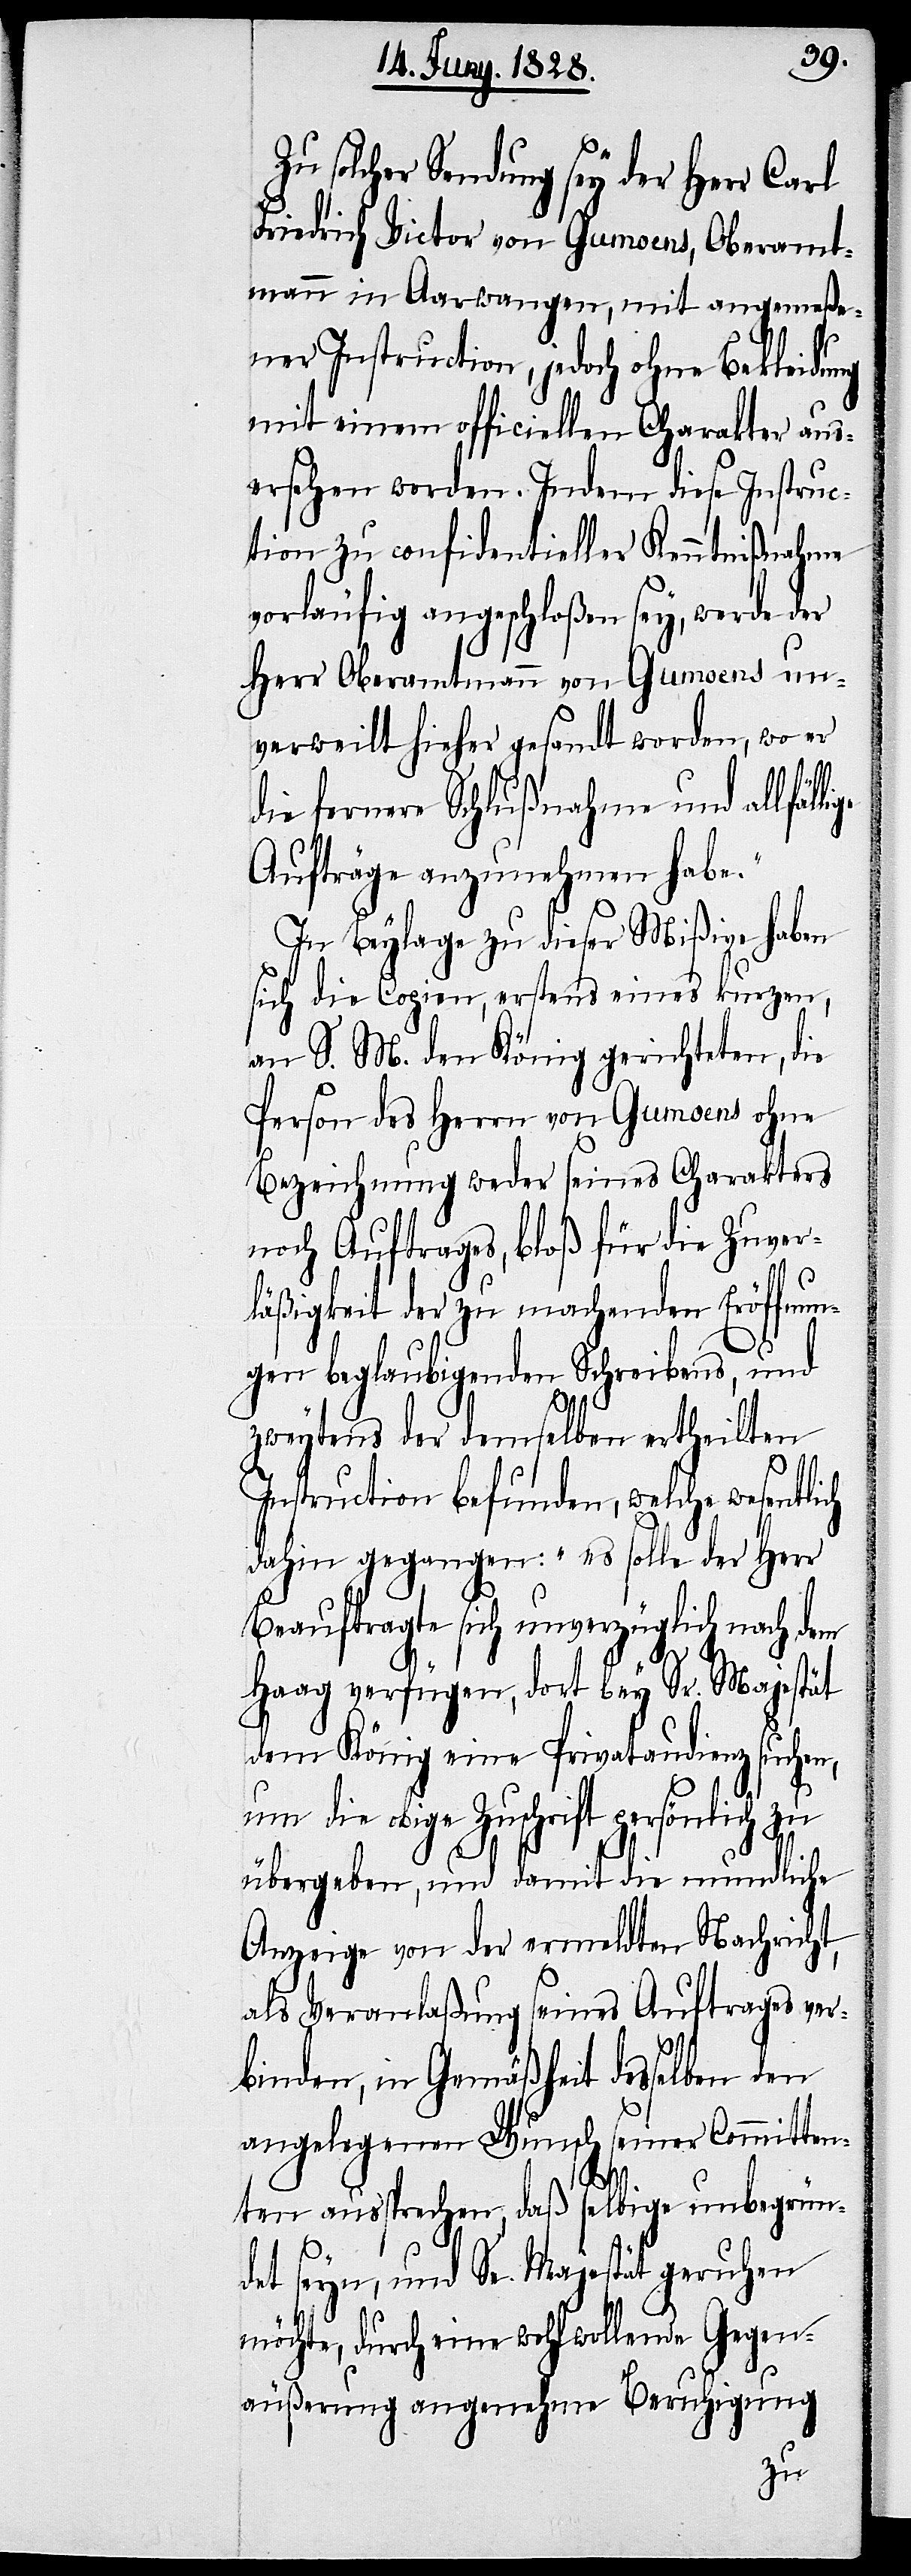
Zu solcher Sendung sey der Herr Carl
Friedrich Victor von Gumoens, Oberamt¬
mann in Aarwangen, mit angemeße¬
ner Instruction, jedoch ohne Bekleidung
mit einem officiellen Charakter aus¬
ersehen worden. Indem diese Instruc¬
tion zu confidentieller Kenntißnahme
vorläufig angeschloßen sey, werde der
Herr Oberamtmann von Gumoens un¬
verweilt hieher gesandt worden
die fernere Schlußnahme und allfäl¬
Aufträge anzunehmen habe.“
In Beylage zu dieser Mißive haben
sich die Copien, erstens eines kurzen,
an S. M. den König gerichteten, die
Person des Herrn von Gumoens ohne
Bezeichnung weder seines Charakters
noch Auftrages, bloß für die Zuver¬
läßigkeit der zu machenden Eröffnun¬
gen beglaubigenden Schreibens, und
ich
zweytens der demselben ertheilten
Instruction befunden, welche wesentl¬
dahin gegangen: „es solle der Herr
Beauftragte sich unverzüglich nach dem
Haag verfügen, dort bey Sr. Majestät
dem König eine Privataudienz suchen,
um die obige Zuschrift persönlich zu
übergeben, und damit die mundliche
Anzeige von der ermeldten Nachricht,
als Veranlaßung seines Auftrages ver¬
binden, in Gemäßheit desselben den
angelegenen Wunsch seiner Committen¬
ten aussprechen, daß selbige unbegrün¬
det seyn, und Se. Majestät geruhen
möchte, durch eine wohlwollende Gegen¬
äußerung angenehme Beruhigung